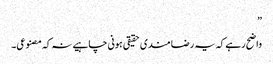
”
واضح رہے کہ یہ رضا مندی حقیقی ہونی چاہیے نہ کہ مصنوعی۔